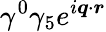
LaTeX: \gamma^{0}\gamma_{5}e^{i\boldsymbol{q}\cdot\boldsymbol{r}}